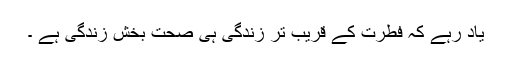
یاد رہے کہ فطرت کے قریب تر زندگی ہی صحت بخش زندگی ہے ۔